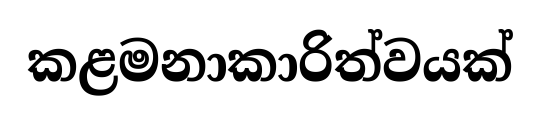
කළමනාකාරිත්වයක්